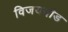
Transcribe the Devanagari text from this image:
विजयदौड